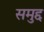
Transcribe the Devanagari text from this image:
समुद्द